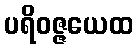
ပရိဝဇ္ဇယေထ